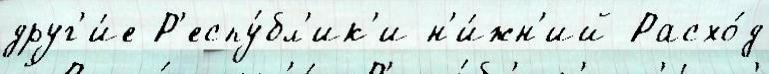
друг'и́е Р'еспу́бл'ик'и н'и́жн'ий Расхо́д